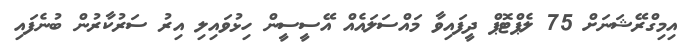
އިމިގްރޭޝަނަށް 75 ލެޕްޓޮޕް ދީފައިވާ މައްސަލައެއް އޭސީސީން ހިޅުވައިލި އިރު ސަރުކާރުން ބުނެފައި